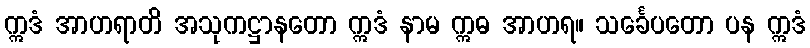
ဣဒံ အာဟရာတိ အသုကဋ္ဌာနတော ဣဒံ နာမ ဣဓ အာဟရ။ သင်္ခေပတော ပန ဣဒံ